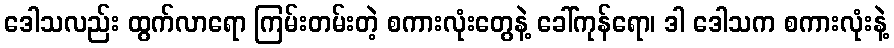
ဒေါသလည်း ထွက်လာရော ကြမ်းတမ်းတဲ့ စကားလုံးတွေနဲ့ ခေါ်ကုန်ရော၊ ဒါ ဒေါသက စကားလုံးနဲ့